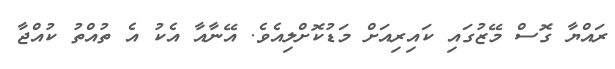
ރައްޔާ ގޮސް މޭޒުގައި ކައިރިއަށް މަޑުކޮށްލިއެވެ. އޭނާއާ އެކު އެ ތުއްތު ކުއްޖާ